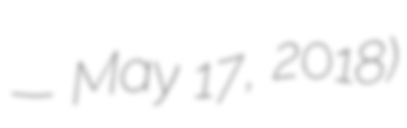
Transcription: — May 17, 2018)